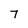
Character: 7